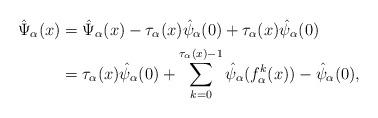
LaTeX: \begin{align*}\hat \Psi_{\alpha}(x)&=\hat \Psi_{\alpha}(x)-\tau_{\alpha}(x)\hat \psi_{\alpha}(0)+\tau_{\alpha}(x)\hat \psi_{\alpha}(0)\\&=\tau_{\alpha}(x)\hat \psi_{\alpha}(0)+\sum_{k=0}^{\tau_{\alpha}(x)-1}\hat \psi_{\alpha}(f_{\alpha}^k(x))-\hat \psi_{\alpha}(0),\end{align*}